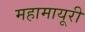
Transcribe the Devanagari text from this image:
महामायूरी